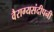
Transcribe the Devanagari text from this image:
वैराग्यसंदीपनी